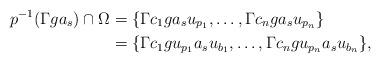
LaTeX: \begin{align*}p^{-1}(\Gamma ga_s)\cap \Omega &=\{\Gamma c_1 ga_s u_{p_1},\ldots, \Gamma c_n ga_{s}u_{p_n}\}\\&=\{\Gamma c_1 g u_{p_1}a_s u_{b_1},\ldots, \Gamma c_n g u_{p_n}a_su_{b_n}\},\end{align*}